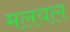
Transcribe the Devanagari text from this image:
मलयल